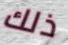
ذلك